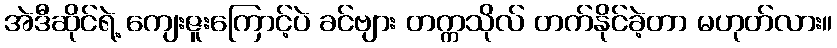
အဲဒီဆိုင်ရဲ့ ကျေးဇူးကြောင့်ပဲ ခင်ဗျား တက္ကသိုလ် တက်နိုင်ခဲ့တာ မဟုတ်လား။